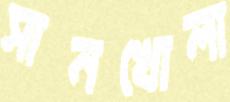
সানখোলা